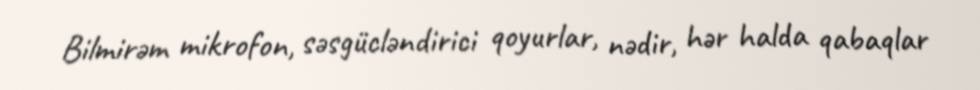
Bilmirəm mikrofon, səsgücləndirici qoyurlar, nədir, hər halda qabaqlar